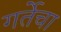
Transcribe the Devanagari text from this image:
गर्तेचा